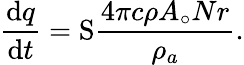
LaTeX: \frac{\mathrm{d}q}{\mathrm{d}t}=\mathrm{S}\frac{4\pi c\rho A_{\circ}Nr}{\rho_{a}}.